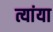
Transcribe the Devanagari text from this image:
त्यांया